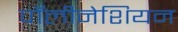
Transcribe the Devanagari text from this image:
पॉलीनेशियन